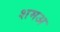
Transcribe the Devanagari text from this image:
शमअ